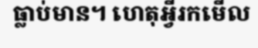
ធ្លាប់មាន។ ហេតុអ្វីរកមើល